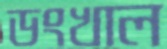
ডংখাল